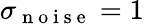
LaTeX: \sigma_{\mathrm{~n~o~i~s~e~}}=1